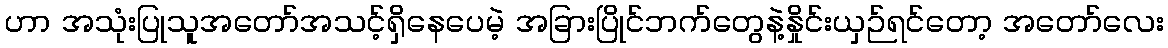
ဟာ အသုံးပြုသူအတော်အသင့်ရှိနေပေမဲ့ အခြားပြိုင်ဘက်တွေနဲ့နှိုင်းယှဉ်ရင်တော့ အတော်လေး